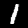
Digit: 1